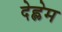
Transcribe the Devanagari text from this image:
देह्लेम